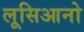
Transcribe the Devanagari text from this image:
लूसिआनो